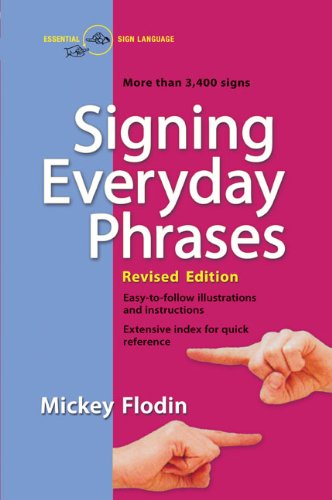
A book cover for Signing Everyday Phrases; Mickey Flodin; Reference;